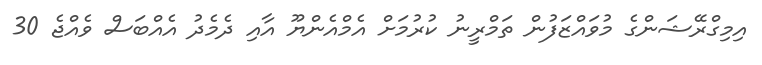
އިމިގްރޭޝަންގެ މުވައްޒަފުން ތަމްރީނު ކުރުމަށް އެމްއެންޔޫ އާއި ދެމެދު އެއްބަސް ވެއްޖެ 30